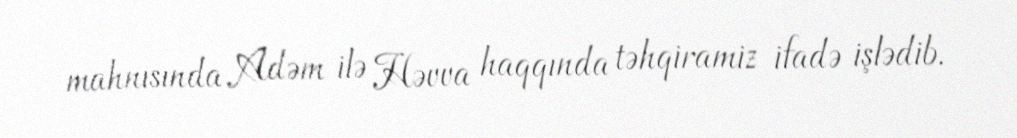
mahnısında Adəm ilə Həvva haqqında təhqiramiz ifadə işlədib.